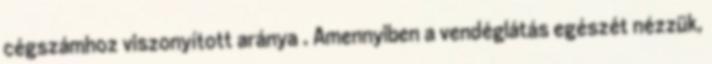
cégszámhoz viszonyított aránya . Amennyiben a vendéglátás egészét nézzük,